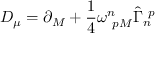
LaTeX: D _ { \mu } = \partial _ { M } + \frac { 1 } { 4 } \omega _ { ~ p M } ^ { n } \hat { \Gamma } _ { n } ^ { ~ p }